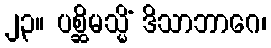
၂၃။ ပစ္ဆိမသ္မိံ ဒိသာဘာဂေ၊